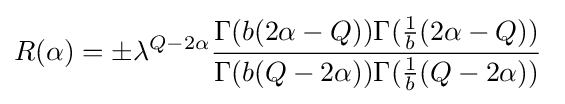
R(\alpha )=\pm \lambda ^{Q-2\alpha }{\frac {\Gamma (b(2\alpha -Q))\Gamma ({\frac {1}{b}}(2\alpha -Q))}{\Gamma (b(Q-2\alpha ))\Gamma ({\frac {1}{b}}(Q-2\alpha ))}}\